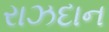
રાઝદાન